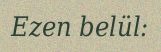
Ezen belül: